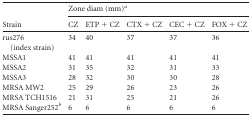
<table><thead><tr><td rowspan="2"><b>Strain</b></td><td colspan="5"><b>Zone diam (mm)<sup><i>a</i></sup></b></td></tr><tr><td><b>CZ</b></td><td><b>ETP + CZ</b></td><td><b>CTX + CZ</b></td><td><b>CEC + CZ</b></td><td><b>FOX + CZ</b></td></tr></thead><tbody><tr><td>rus276 (index strain)</td><td>34</td><td>40</td><td>37</td><td>37</td><td>36</td></tr><tr><td>MSSA1</td><td>41</td><td>41</td><td>41</td><td>41</td><td>41</td></tr><tr><td>MSSA2</td><td>31</td><td>35</td><td>32</td><td>31</td><td>33</td></tr><tr><td>MSSA3</td><td>28</td><td>32</td><td>30</td><td>30</td><td>28</td></tr><tr><td>MRSA MW2</td><td>25</td><td>29</td><td>26</td><td>23</td><td>26</td></tr><tr><td>MRSA TCH1516</td><td>21</td><td>31</td><td>25</td><td>21</td><td>26</td></tr><tr><td>MRSA Sanger252<sup><i>b</i></sup></td><td>6</td><td>6</td><td>6</td><td>6</td><td>6</td></tr></tbody></table>